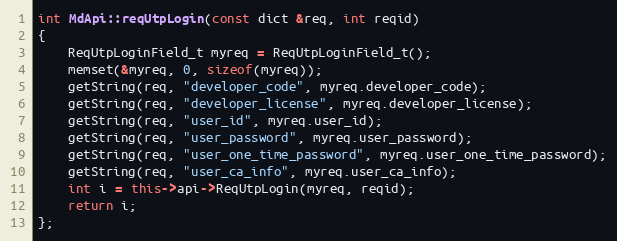
Language: C++
int MdApi::reqUtpLogin(const dict &req, int reqid)
{
	ReqUtpLoginField_t myreq = ReqUtpLoginField_t();
	memset(&myreq, 0, sizeof(myreq));
	getString(req, "developer_code", myreq.developer_code);
	getString(req, "developer_license", myreq.developer_license);
	getString(req, "user_id", myreq.user_id);
	getString(req, "user_password", myreq.user_password);
	getString(req, "user_one_time_password", myreq.user_one_time_password);
	getString(req, "user_ca_info", myreq.user_ca_info);
	int i = this->api->ReqUtpLogin(myreq, reqid);
	return i;
};